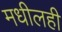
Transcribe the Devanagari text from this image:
मधीलही